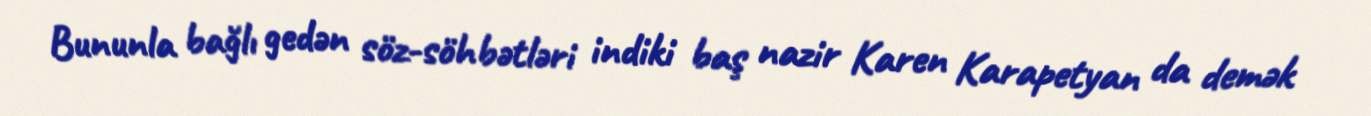
Bununla bağlı gedən söz-söhbətləri indiki baş nazir Karen Karapetyan da demək